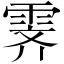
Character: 霁